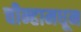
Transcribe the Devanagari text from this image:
चीन्हामधून